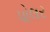
પોલર